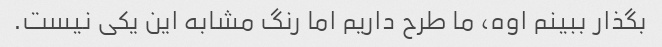
بگذار ببینم اوه، ما طرح داریم اما رنگ مشابه این یکی نیست.